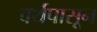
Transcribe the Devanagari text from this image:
वर्थपासून